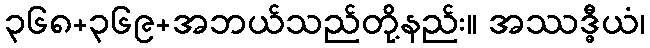
၃၆၈+၃၆၉+အဘယ်သည်တို့နည်း။ အဿဒ္ဓီယံ၊